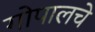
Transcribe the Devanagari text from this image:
गोपालचे